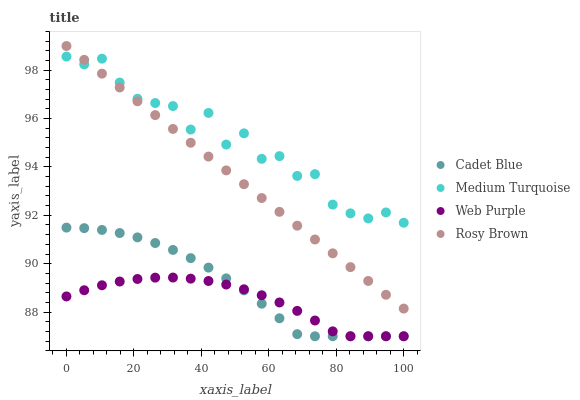
| xaxis_label | Cadet Blue | Medium Turquoise | Web Purple | Rosy Brown |
 | --- | --- | --- | --- | --- |
 | 0 | 91.5 | 98.6 | 88.6 | 99 |
 | 5.26 | 91.5 | 98.2 | 88.9 | 98.4 |
 | 10.5 | 91.4 | 98.5 | 89.1 | 97.9 |
 | 15.8 | 91.3 | 97.5 | 89.3 | 97.3 |
 | 21.1 | 91.1 | 96.8 | 89.4 | 96.7 |
 | 26.3 | 90.9 | 96.6 | 89.4 | 96.1 |
 | 31.6 | 90.6 | 96.5 | 89.4 | 95.6 |
 | 36.8 | 90.2 | 95.5 | 89.4 | 95 |
 | 42.1 | 89.8 | 96.2 | 89.3 | 94.4 |
 | 47.4 | 89.4 | 94.9 | 89.1 | 93.9 |
 | 52.6 | 88.9 | 95.4 | 88.9 | 93.3 |
 | 57.9 | 88.3 | 94.3 | 88.7 | 92.7 |
 | 63.2 | 87.7 | 94.4 | 88.4 | 92.1 |
 | 68.4 | 87.1 | 93.6 | 88 | 91.6 |
 | 73.7 | 87 | 93.7 | 87.7 | 91 |
 | 78.9 | 87 | 92.4 | 87.2 | 90.4 |
 | 84.2 | 87 | 92.1 | 87 | 89.9 |
 | 89.5 | 87 | 91.9 | 87 | 89.3 |
 | 94.7 | 87 | 92.1 | 87 | 88.7 |
 | 100 | 87 | 91.7 | 87 | 88.1 |